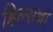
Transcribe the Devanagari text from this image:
हिल्सचा